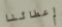
إعطائنا